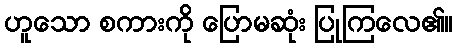
ဟူသော စကားကို ပြောမဆုံး ပြုကြလေ၏။